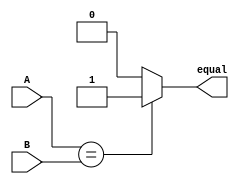
module arithmetic_comparator (
    input [31:0] A,
    input [31:0] B,
    output reg equal
);

always @(*) begin
    if (A == B) begin
        equal <= 1'b1;
    end else begin
        equal <= 1'b0;
    end
end

endmodule